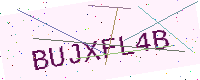
Text: BUJXFL4B